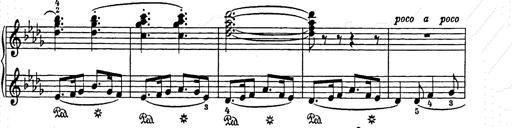
Title: Weihnachtsbaum
Composer: Franz Liszt